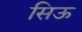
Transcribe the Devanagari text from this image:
सिऊ